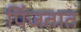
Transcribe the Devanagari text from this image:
पिंजतात